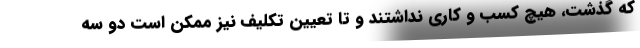
که گذشت، هیچ کسب و کاری نداشتند و تا تعیین تکلیف نیز ممکن است دو سه